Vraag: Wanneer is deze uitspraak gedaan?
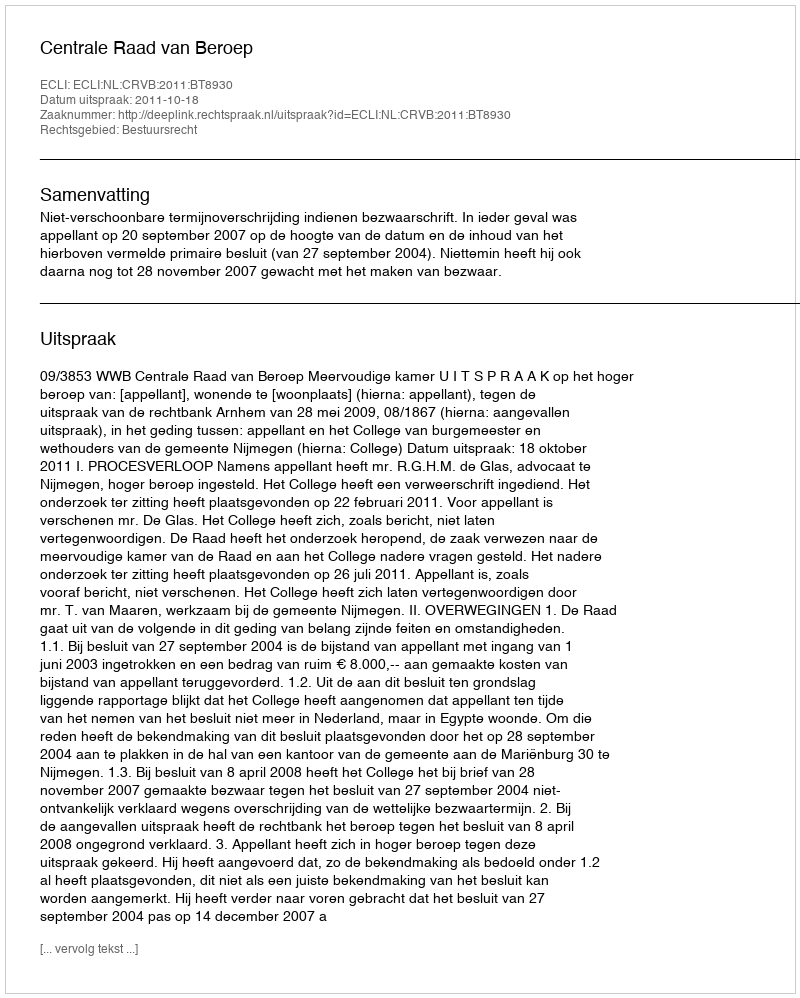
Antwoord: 2011-10-18